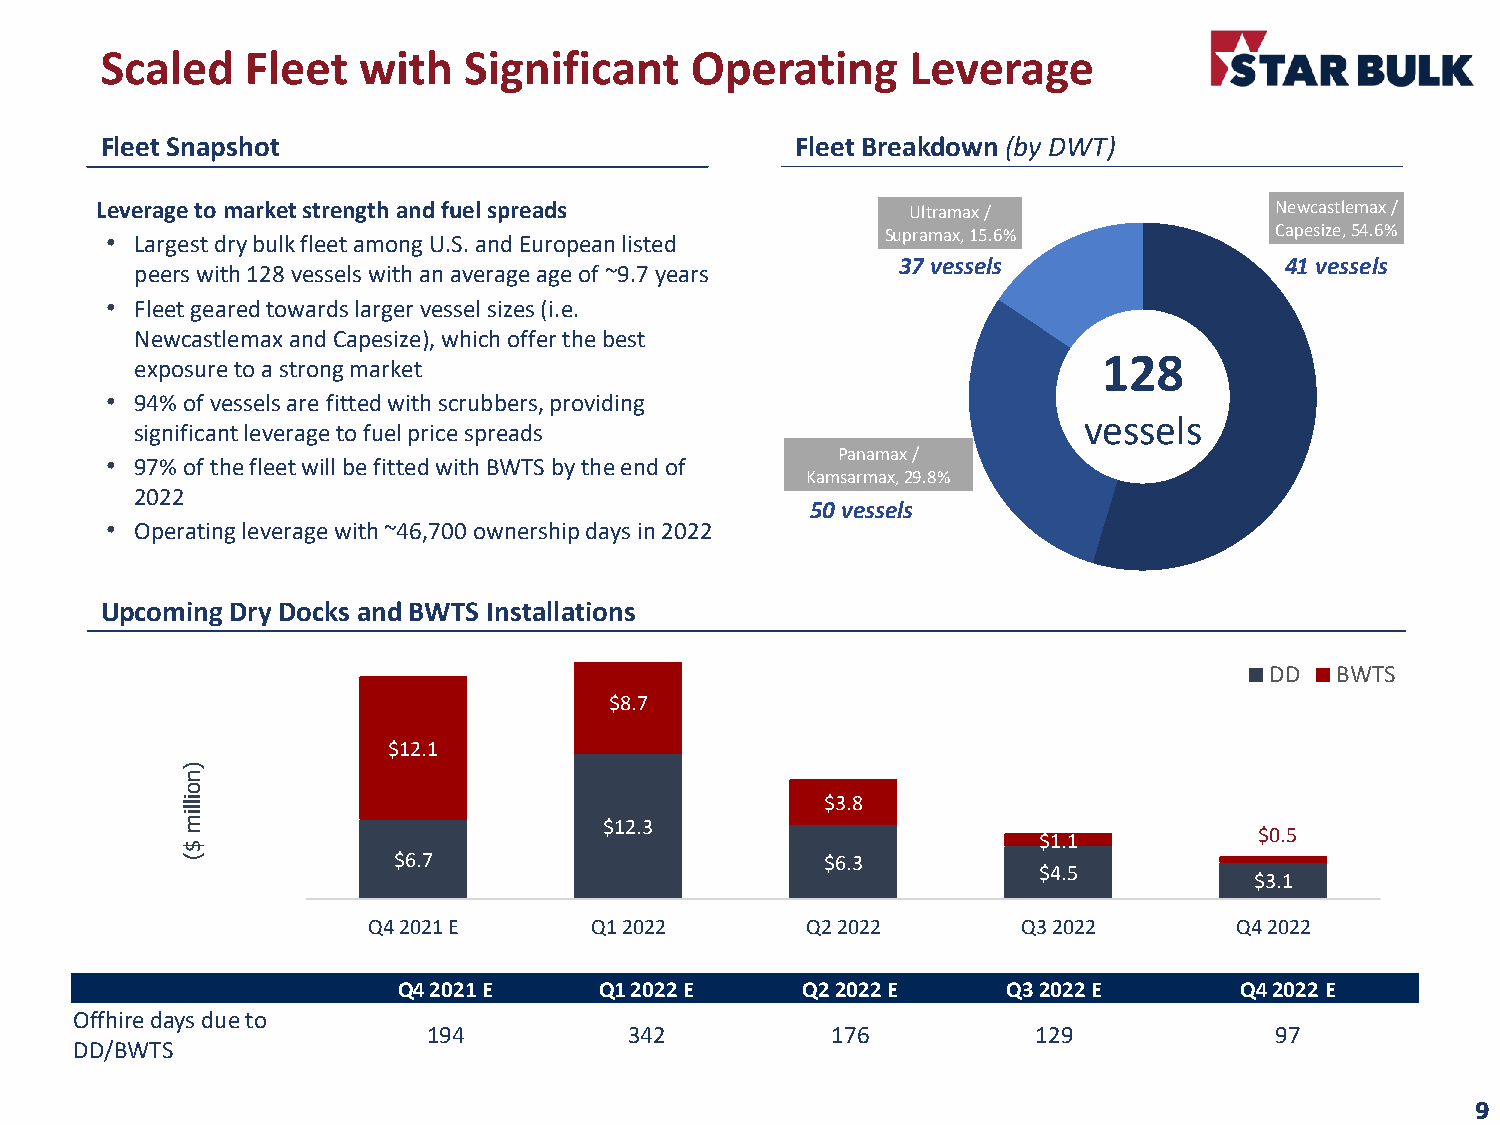
Scaled   Fleet   with   Significant    Operating     Leverage
 Fleet Snapshot                                Fleet Breakdown (by DWT)
 Leverage to market strength and fuel spreads          Ultramax /              Newcastlemax /
 • Largest dry bulk fleet among U.S. and European listed Supramax, 15.6%      Capesize, 54.6%
 37 vessels               41 vessels
 peers with 128 vessels with an average age of ~9.7 years
 • Fleet geared towards larger vessel sizes (i.e.
 Newcastlemax and Capesize), which offer the best
 128
 exposure to a strong market
 • 94% of vessels are fitted with scrubbers, providing
 vessels
 significant leverage to fuel price spreads
 Panamax /
 • 97% of the fleet will be fitted with BWTS by the end of
 Kamsarmax, 29.8%
 2022
 50 vessels
 • Operating leverage with ~46,700 ownership days in 2022
 Upcoming Dry Docks and BWTS Installations
 DD  BWTS
 $8.7
 $12.1
 )
 n
 o
 illim
 $12.3
 $3.8
 $1.1          $0.5
 $
 (             $6.7                         $6.3
 $4.5
 $3.1
 Q4 2021 E      Q1 2022       Q2 2022        Q3 2022       Q4 2022
 Q4 2021 E     Q1 2022 E    Q22022 E      Q32022 E       Q42022 E
 Offhiredays due to
 194           342          176           129            97
 DD/BWTS
 9